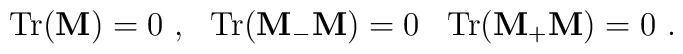
{\rm Tr} ({\bf M}) = 0 \ , \ \ {\rm Tr} ({\bf M}_- {\bf M}) = 0 \, \ \ {\rm Tr} ({\bf M}_+ {\bf M}) = 0  \ .